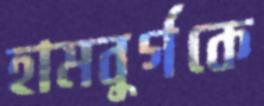
হামবুর্গকে